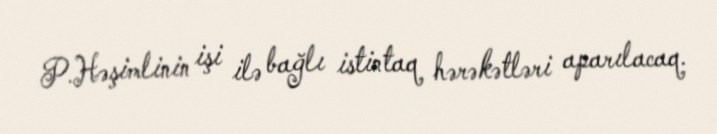
P.Həşimlinin işi ilə bağlı istintaq hərəkətləri aparılacaq.